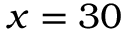
x = 3 0